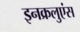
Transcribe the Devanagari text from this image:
इनक्रलुएंस